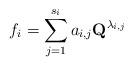
LaTeX: \begin{align*}f_i=\sum_{j=1}^{s_i}a_{i,j}\textbf{Q}^{\lambda_{i,j}}\end{align*}